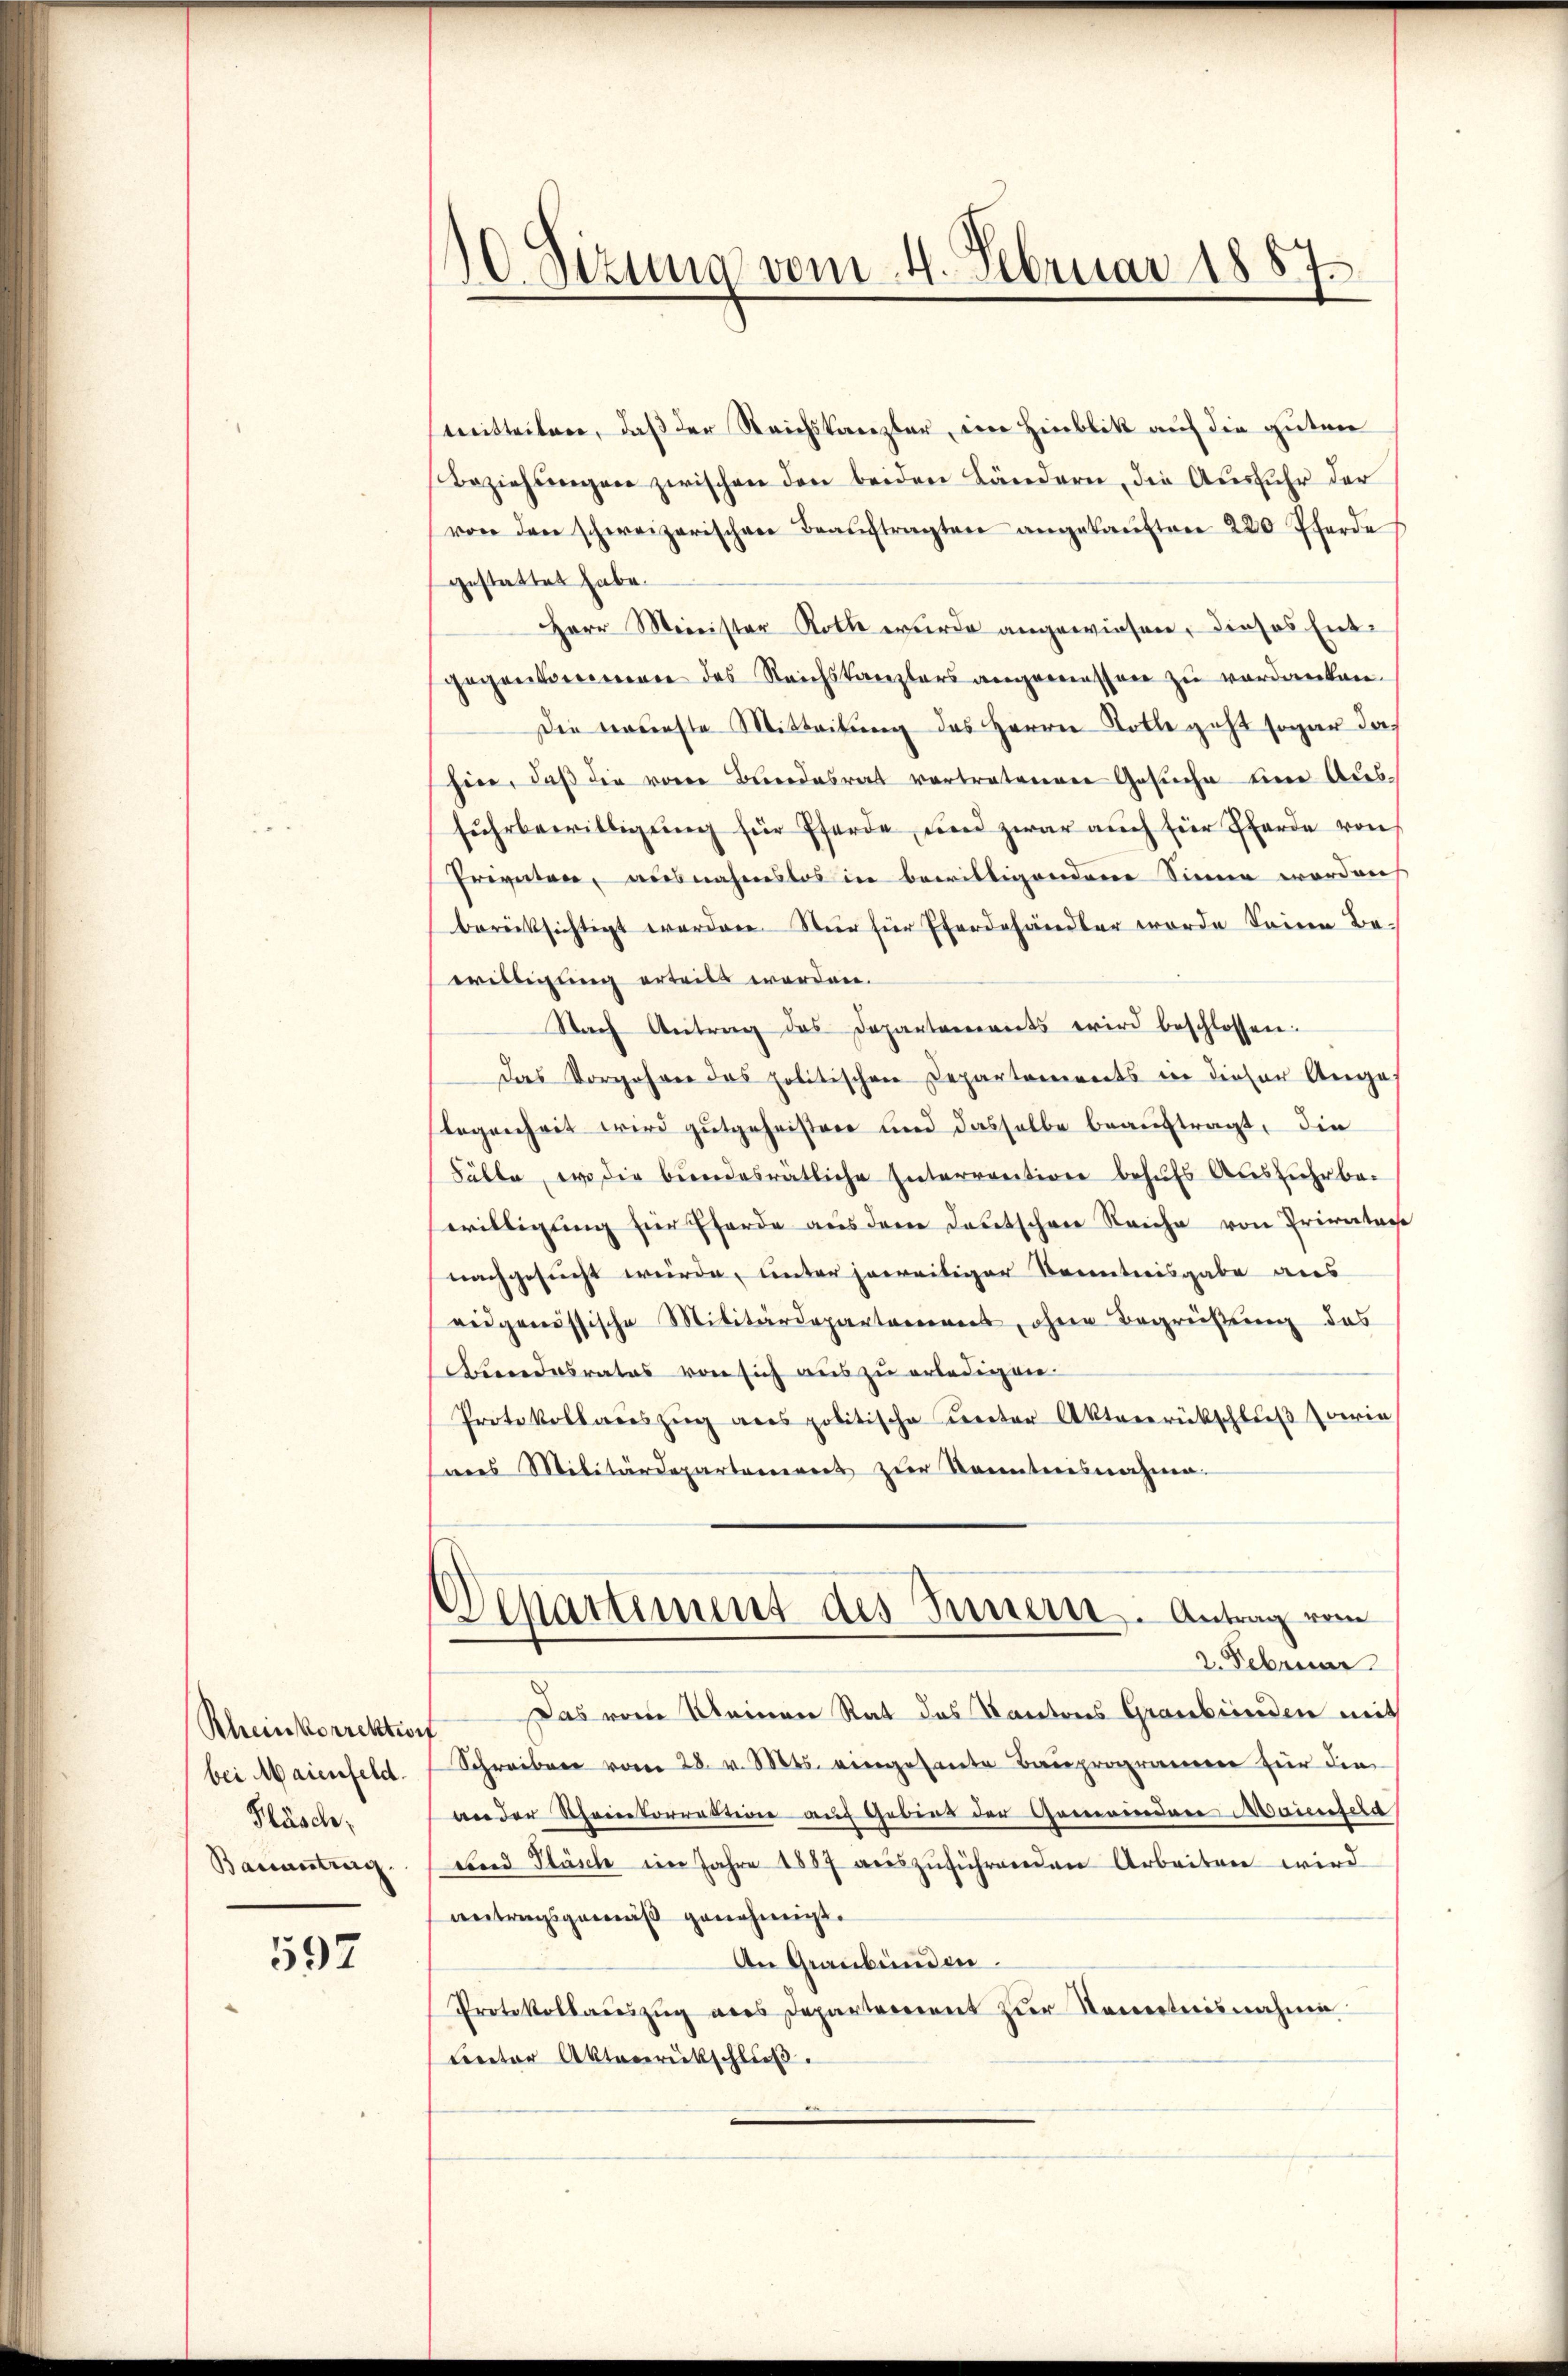
Rheinkorrektion
bei Maienfeld.
Fläsche,
Bauantung.

597

10. Sitzung vom 4. Februar 1887.

mitteilen, daß der Reichskanzler, eine Hinblik auf die guten
Beziehungen zwischen den beiden Ländern, die Ausfuhr der
von den schweizerischen Beaŭftragten angekaŭften 220 Pferde
gestattet habe.
Herr Meinister Roth wurde angewiesen, dieses Entgegenseren des Reichskanzlers angemessen zu verdanken.
Die Bauerste Mitteilung des Herrn Kolle geht sogar das
heer, daß die von Bundesrat vortratennen Gesuche eine Aus-
fŭhrbewilligŭng für Pferde, und zwar auch für Pferde von
Privaten, ausnahmslos in bewilligendene Sinne worden
berücksichtigt worden. Nur für Eferdehändler wurde seine Bewilligung erteilt worden.
Nach Antrag des Departements wird beschlossen:
das Vorgehrer das politischen Departements in dieser Ange
legenheit wird gutgeheisten und dasselbe beauftragt, die
Fälle, wo die bundesrätliche Interrention behufs Ausführbawilligung für Pferde aus dem deutschen Reiche von Privatars
nachgesucht wurde, unter jeweitiger Kenntnisgabe aus
eidgenössische Militärdepartement, ohne Begrüßung des
Andesrates von sich aus zu erledigen.
Protokollaceszŭg anes politische Kereter Akteeerückschluß sowie
seres Militärdepartanereit zur Kenntnisnahme.
Departement des Innern. Antrag vom
2. Februar
Das vom Kleinen Rat des Kantons Graubünden mit
Schreiben vom 28. v. Mts. vergesente Bauprogramer für die
an der Rheinkorrektion auf Gebier der Gemeindere Mainscha
und Pläsch im Jahre 1887 aŭszŭführenden Arbeiten wird
antragsgemäß genehmigt.
An Graubünden.
Protokollaŭszŭg als Departement zŭr Kenntnisnahme
Ceter Aktenrückschluß.